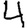
Digit: 4